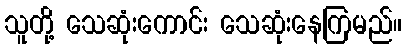
သူတို့ သေဆုံးကောင်း သေဆုံးနေကြမည်။